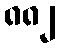
၈၈၂